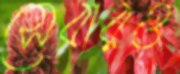
সেবারও